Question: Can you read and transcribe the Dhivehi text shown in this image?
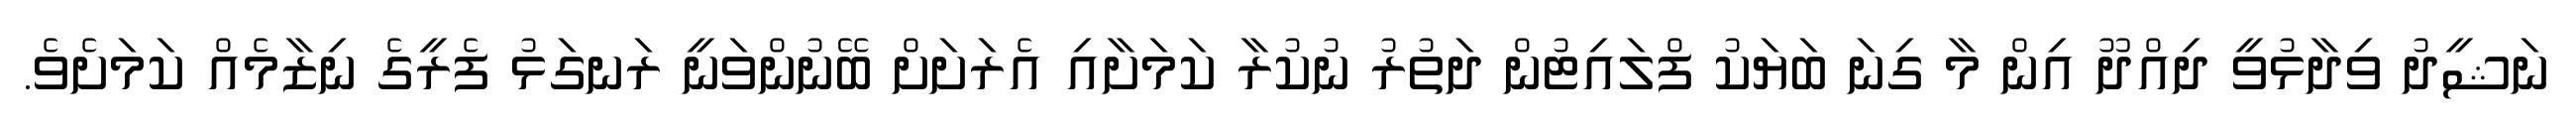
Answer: ނަޝީދު ވިދާޅުވީ ދިއްދޫ އިން މާ ގިނަ ބަޔަކު ފްލައިޓުން ދަތުރު ނުކުރާ ކަމަށާއި އެރަށަށް ބޭނުންވަނީ ރަނގަޅު ފެރީގެ ނިޒާމެއް ކަމަށެވެ.